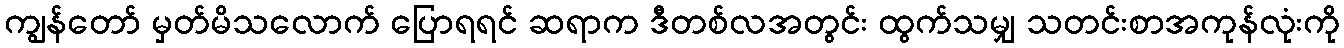
ကျွန်တော် မှတ်မိသလောက် ပြောရရင် ဆရာက ဒီတစ်လအတွင်း ထွက်သမျှ သတင်းစာအကုန်လုံးကို